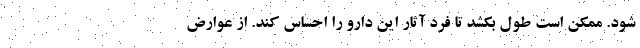
شود. ممکن است طول بکشد تا فرد آثار این دارو را احساس کند. از عوارض